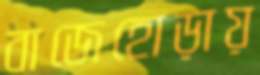
বাজেহোড়ায়